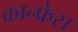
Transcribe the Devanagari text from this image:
कान्फ्रेस